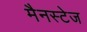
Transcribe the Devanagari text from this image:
मैनस्टेज